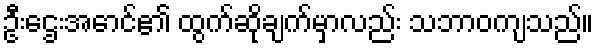
ဦးဌေးအောင်၏ ထွက်ဆိုချက်မှာလည်း သဘာဝကျသည်။